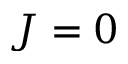
J = 0